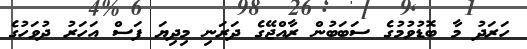
ހަރަދު މާ ބޮޑުވުމުގެ ސަބަބުން ރާއްޖޭގެ ދަރަނި މިދިޔަ ފަސް އަހަރު ދުވަހުގެ